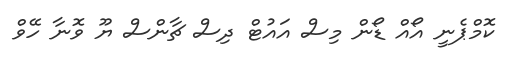
ކޮމްޕެނީ އޯއް ޑޯން މިސް އައުޓް ދިސް ޗާންސް ޔޫ ވޮނާ ހޭވް